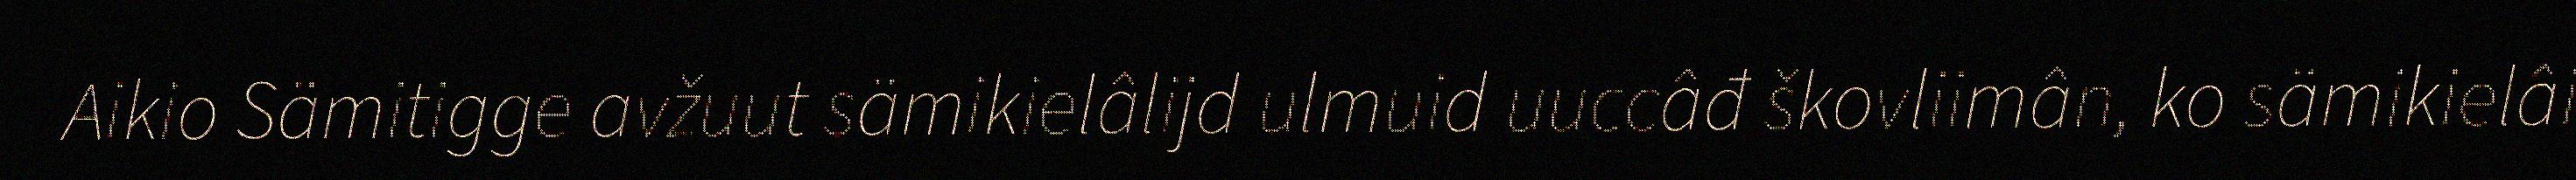
Aikio Sämitigge avžuut sämikielâlijd ulmuid uuccâđ škovliimân, ko sämikielâi